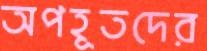
অপহূতদের